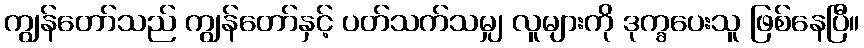
ကျွန်တော်သည် ကျွန်တော်နှင့် ပတ်သက်သမျှ လူများကို ဒုက္ခပေးသူ ဖြစ်နေပြီ။